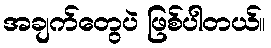
အချက်တွေပဲ ဖြစ်ပါတယ်။